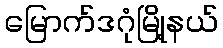
မြောက်ဒဂုံမြို့နယ်